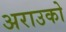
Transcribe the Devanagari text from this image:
अराउको